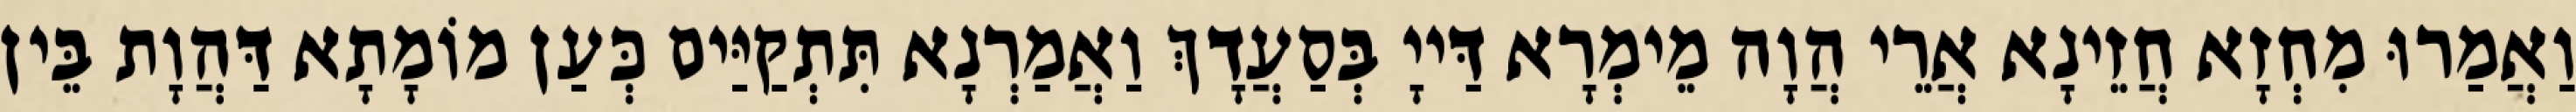
וַאֲמַרוּ מִחְזָא חֲזֵינָא אֲרֵי הֲוָה מֵימְרָא דַּייָ בְּסַעֲדָךְ וַאֲמַרְנָא תִּתְקַיַּים כְּעַן מוֹמָתָא דַּהֲוָת בֵּין